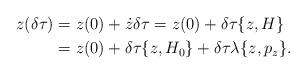
LaTeX: \begin{align*}z(\delta \tau) &= z(0) + \dot z \delta \tau = z(0) + \delta \tau \{z, H \} \\&= z(0) + \delta \tau \{z, H_0 \} + \delta \tau \lambda \{z, p_z \}.\end{align*}